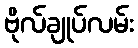
ဗိုလ်ချုပ်လမ်း